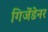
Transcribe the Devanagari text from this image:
गिजेंडेनर